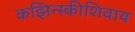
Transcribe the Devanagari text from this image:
कझिन्स्कीशिवाय